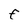
Character: E